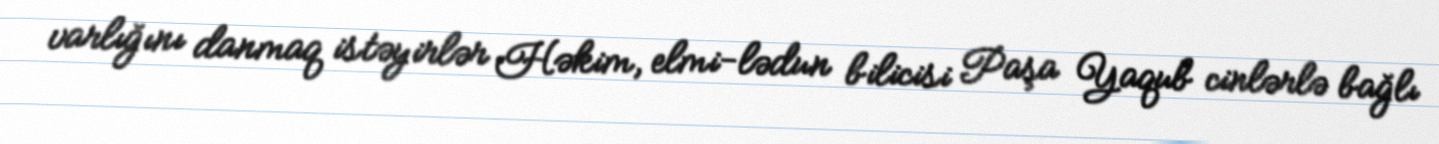
varlığını danmaq istəyirlər Həkim, elmi-lədun bilicisi Paşa Yaqub cinlərlə bağlı